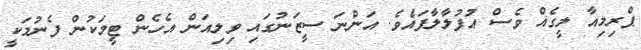
ޕްރިމިއާ ލީގެއް ވެސް އުފުލާލާފައެވެ. އަންނަ ސީޒަނުގައި ވިލިއަން އެހެން ޓީމަކުން ފެނުމަކީ